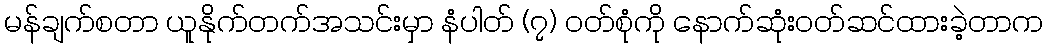
မန်ချက်စတာ ယူနိုက်တက်အသင်းမှာ နံပါတ် (၇) ဝတ်စုံကို နောက်ဆုံးဝတ်ဆင်ထားခဲ့တာက